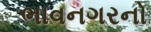
ભાવનગરનો